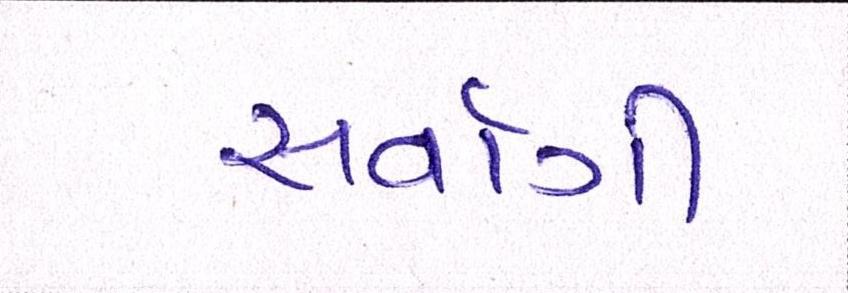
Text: સર્વાગી